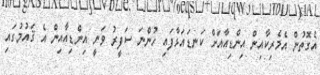
އެގޮތުން އެމެރިކާއިން އިންޑިއާއަށް ކަނޑައަޅާފައި ހުންނަ ސަފީރު ވަނީ އިންޑިއާއިން އެ ޤައުމުގައި